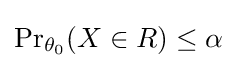
{\Pr }_{\theta _{0}}(X\in R)\leq \alpha